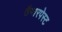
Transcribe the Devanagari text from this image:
तैयारपेस्ट